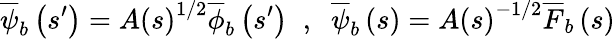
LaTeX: \overline{{\psi}}_{b}\left(s^{\prime}\right)=A\left(s\right)^{1/2}\overline{{\phi}}_{b}\left(s^{\prime}\right)\; \; ,\; \; \overline{{\psi}}_{b}\left(s\right)=A\left(s\right)^{-1/2}\overline{{F}}_{b}\left(s\right)